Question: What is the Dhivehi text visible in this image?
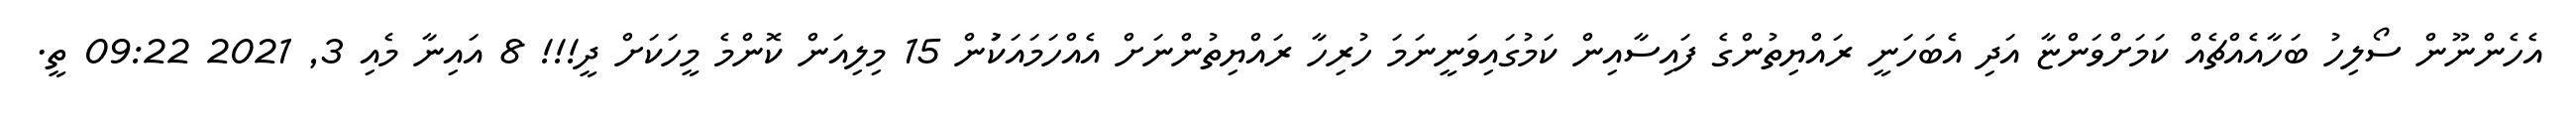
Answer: އެހެންނޫން ސޯލިހު ބަހާއެއްޗެއް ކަމަށްވަންޏާ އަދި އެބަހަނީ ރައްޔިތުންގެ ފައިސާއިން ކަމުގައިވަނީނަމަ ހުރިހާ ރައްޔިތުންނަށް އެއްހަމައަކަުން 15 މިލިއަން ކޮންމެ މީހަކަށް ދީ!!! 8 އައިނާ މެއި 3, 2021 09:22 ތީ.